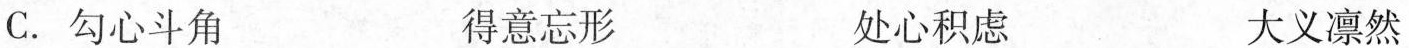
C.勾心斗角 得意忘形 处心积虑 大义凛然